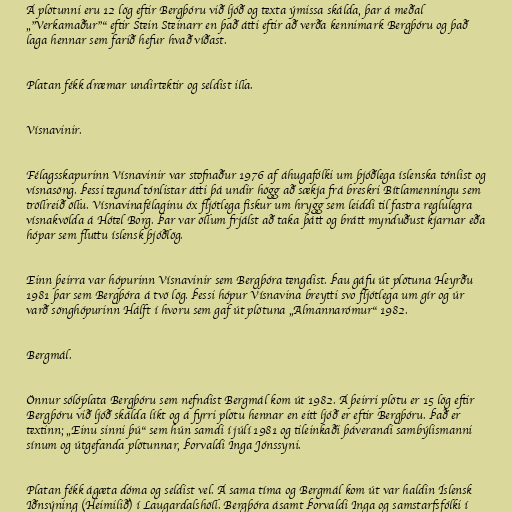
Á plötunni eru 12 lög eftir Bergþóru við ljóð og texta ýmissa skálda, þar á meðal
„"Verkamaður"“ eftir Stein Steinarr en það átti eftir að verða kennimark Bergþóru og það
laga hennar sem farið hefur hvað víðast.

Platan fékk dræmar undirtektir og seldist illa.

Vísnavinir.

Félagsskapurinn Vísnavinir var stofnaður 1976 af áhugafólki um þjóðlega íslenska tónlist og
vísnasöng. Þessi tegund tónlistar átti þá undir högg að sækja frá breskri Bítlamenningu sem
tröllreið öllu. Vísnavinafélaginu óx fljótlega fiskur um hrygg sem leiddi til fastra reglulegra
vísnakvölda á Hótel Borg. Þar var öllum frjálst að taka þátt og brátt mynduðust kjarnar eða
hópar sem fluttu íslensk þjóðlög.

Einn þeirra var hópurinn Vísnavinir sem Bergþóra tengdist. Þau gáfu út plötuna Heyrðu
1981 þar sem Bergþóra á tvö lög. Þessi hópur Vísnavina breytti svo fljótlega um gír og úr
varð sönghópurinn Hálft í hvoru sem gaf út plötuna „Almannarómur“ 1982.

Bergmál.

Önnur sólóplata Bergþóru sem nefndist Bergmál kom út 1982. Á þeirri plötu er 15 lög eftir
Bergþóru við ljóð skálda líkt og á fyrri plötu hennar en eitt ljóð er eftir Bergþóru. Það er
textinn; „Einu sinni þú“ sem hún samdi í júlí 1981 og tileinkaði þáverandi sambýlismanni
sínum og útgefanda plötunnar, Þorvaldi Inga Jónssyni.

Platan fékk ágæta dóma og seldist vel. Á sama tíma og Bergmál kom út var haldin Íslensk
Iðnsýning (Heimilið) í Laugardalshöll. Bergþóra ásamt Þorvaldi Inga og samstarfsfólki í